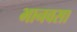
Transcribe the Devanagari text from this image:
भानवसा